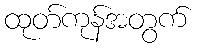
ထုတ်ကုန်အတွက်